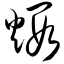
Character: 煅